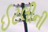
ઈટલીની